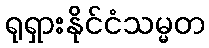
ရုရှားနိုင်ငံသမ္မတ